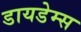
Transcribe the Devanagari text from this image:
डायडेम्स